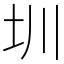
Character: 圳